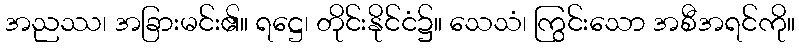
အညဿ၊ အခြားမင်း၏။ ရဋ္ဌေ၊ တိုင်းနိုင်ငံ၌။ သေသံ၊ ကြွင်းသော အစီအရင်ကို။